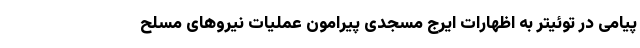
پیامی در توئیتر به اظهارات ایرج مسجدی پیرامون عملیات نیروهای مسلح